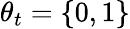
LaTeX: \theta_{t}=\{ 0,1\}